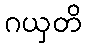
ဂယှတိ